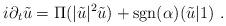
LaTeX: \begin{align*}i\partial_t \tilde{u}=\Pi(|\tilde{u}|^2\tilde{u})+\mathrm{sgn}(\alpha)(\tilde{u}|1)\ .\end{align*}